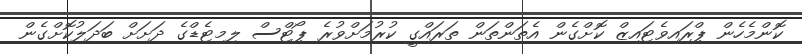
ކޮންމެހެން ޕްރައިވެޓައިޒް ކޮށްގެން އެތަންތަން ތަރައްގީ ކުރުމަށްވުރެ ޕޯޓްސް ލިމިޓެޑްގެ ދަށަށް ބަދަލުކޮށްގެން